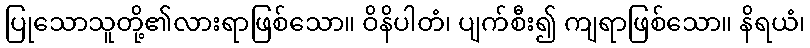
ပြုသောသူတို့၏လားရာဖြစ်သော။ ဝိနိပါတံ၊ ပျက်စီး၍ ကျရာဖြစ်သော။ နိရယံ၊